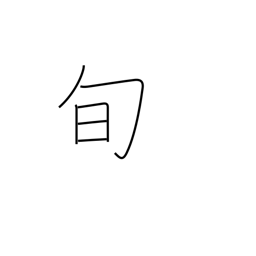
Meaning: season (for specific products)